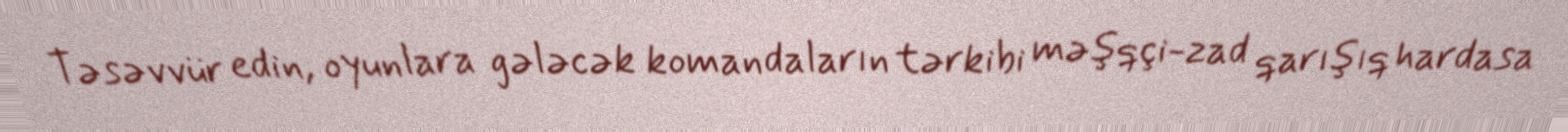
Təsəvvür edin, oyunlara gələcək komandaların tərkibi məşqçi-zad qarışıq hardasa